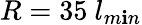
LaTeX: R=35~l_{m\mathbf{i}n}